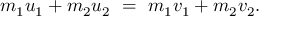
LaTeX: \, \! m _ { 1 } u _ { 1 } + m _ { 2 } u _ { 2 } \ = \ m _ { 1 } v _ { 1 } + m _ { 2 } v _ { 2 } .